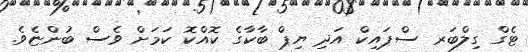
ޓެގް ގިލްބަރ ސްޕައިކް އަދި ޔިޕް ބާކާގެ ކޮއްކޮ ކަމަށް ވެސް ބުންޏެވެ.